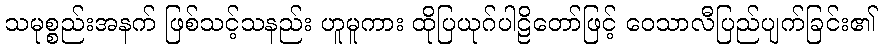
သမုစ္စည်းအနက် ဖြစ်သင့်သနည်း ဟူမူကား ထိုပြယုဂ်ပါဠိတော်ဖြင့် ဝေသာလီပြည်ပျက်ခြင်း၏